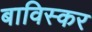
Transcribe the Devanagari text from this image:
बाविस्कर